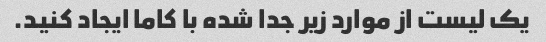
یک لیست از موارد زیر جدا شده با کاما ایجاد کنید.